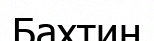
Бахтин